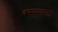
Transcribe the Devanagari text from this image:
वसवण्यासाठी